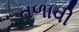
તળાવી